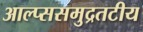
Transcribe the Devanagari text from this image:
आल्प्ससमुद्रतटीय